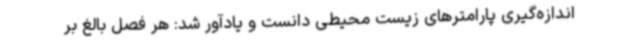
اندازه‌گیری پارامترهای زیست محیطی دانست و یادآور شد: هر فصل بالغ بر